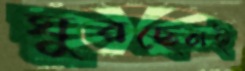
ঘুরছেনই